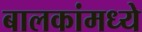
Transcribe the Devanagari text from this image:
बालकांमध्ये